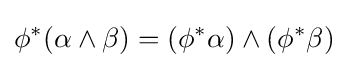
\phi ^{*}(\alpha \wedge \beta )=(\phi ^{*}\alpha )\wedge (\phi ^{*}\beta )